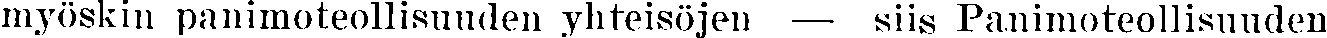
myöskin panimoteollisuuden yhteisöjen — siis Panimoteollisuuden